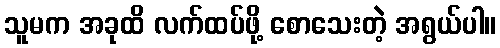
သူမက အခုထိ လက်ထပ်ဖို့ စောသေးတဲ့ အရွယ်ပါ။